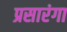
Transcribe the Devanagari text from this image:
प्रसारंगा